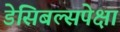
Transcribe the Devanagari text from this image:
डेसिबल्सपेक्षा